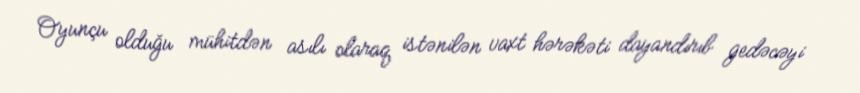
Oyunçu olduğu mühitdən asılı olaraq istənilən vaxt hərəkəti dayandırıb gedəcəyi